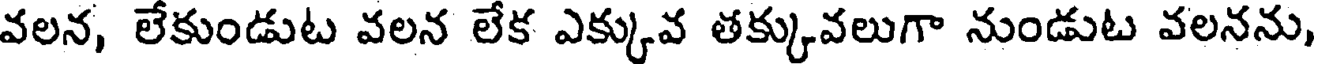
వలన, లేకుండుట వలన లేక ఎక్కువ తక్కువలుగా నుండుట వలనను,